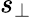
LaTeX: s_{\bot}